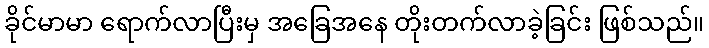
ခိုင်မာမာ ရောက်လာပြီးမှ အခြေအနေ တိုးတက်လာခဲ့ခြင်း ဖြစ်သည်။